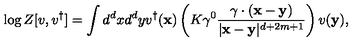
\log Z [ { v } , { v } ^ { \dagger } ] = \int d ^ { d } { x } d ^ { d } { y } { v } ^ { \dagger } ( { \mathbf { x } } ) \left( K \gamma ^ { 0 } \frac { \gamma \cdot ( { \mathbf { x } } - { \mathbf { y } } ) } { | { \mathbf { x } } - { \mathbf { y } } | ^ { d + 2 m + 1 } } \right) { v } ( { \mathbf { y } } ) ,